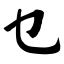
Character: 乜